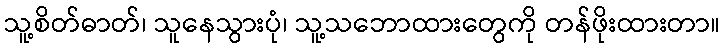
သူ့စိတ်ဓာတ်၊ သူနေသွားပုံ၊ သူ့သဘောထားတွေကို တန်ဖိုးထားတာ။